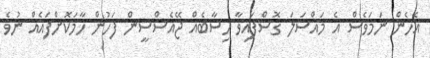
އެހެން ނަމަވެސް އެ މައްސަލަ ގޮސްފައިވާ ހިސާބެއް ޖޭއެސްސީން ފަހުން ހާމަކޮށްފައެއް ނުވެ